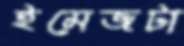
ইমেজটা